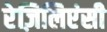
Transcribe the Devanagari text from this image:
रेज़िलिएंसी